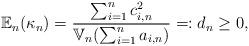
LaTeX: \begin{align*}\mathbb{E}_n(\kappa_n) = \frac{\sum_{i = 1}^n c_{i,n}^2}{\mathbb{V}_n(\sum_{i = 1}^n a_{i,n})} =: d_n \geq 0,\end{align*}